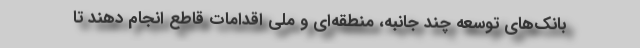
بانک‌های توسعه چند جانبه، منطقه‌ای و ملی اقدامات قاطع انجام دهند تا